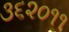
૩૬૨૦૧૧